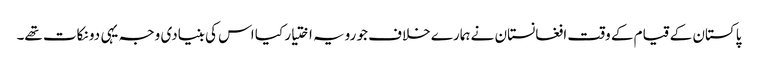
پاکستان کے قیام کے وقت افغانستان نے ہمارے خلاف جو رویہ اختیار کیا اس کی بنیادی وجہ یہی دو نکات تھے۔